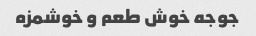
جوجه خوش طعم و خوشمزه